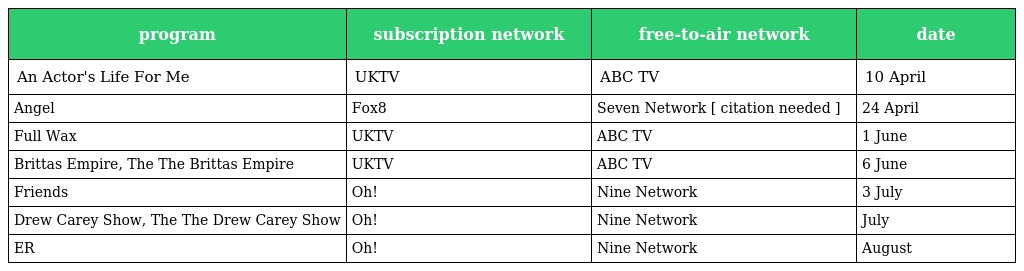
| program | subscription network | free-to-air network | date |
 | --- | --- | --- | --- |
 | An Actor's Life For Me | UKTV | ABC TV | 10 April |
 | Angel | Fox8 | Seven Network [ citation needed ] | 24 April |
 | Full Wax | UKTV | ABC TV | 1 June |
 | Brittas Empire, The The Brittas Empire | UKTV | ABC TV | 6 June |
 | Friends | Oh! | Nine Network | 3 July |
 | Drew Carey Show, The The Drew Carey Show | Oh! | Nine Network | July |
 | ER | Oh! | Nine Network | August |